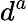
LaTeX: d^{a}